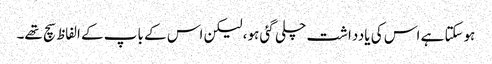
ہوسکتا ہے اس کی یادداشت چلی گئی ہو، لیکن اس کے باپ کے الفاظ سچ تھے۔